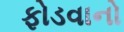
ફોડવાનો